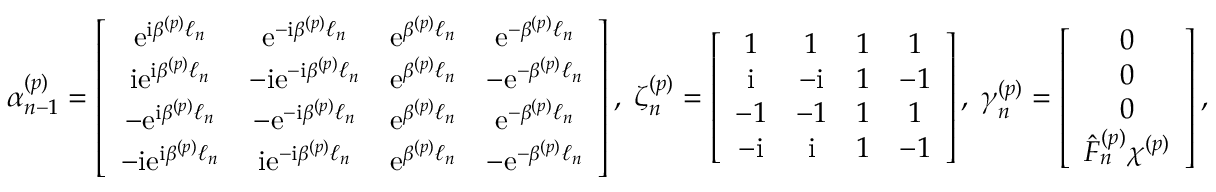
\boldsymbol \alpha _ { n - 1 } ^ { ( p ) } = \left[ \begin{array} { c c c c } { \mathrm { e } ^ { \mathrm { i } \beta ^ { ( p ) } \ell _ { n } } } & { \mathrm { e } ^ { - \mathrm { i } \beta ^ { ( p ) } \ell _ { n } } } & { \mathrm { e } ^ { \beta ^ { ( p ) } \ell _ { n } } } & { \mathrm { e } ^ { - \beta ^ { ( p ) } \ell _ { n } } } \\ { \mathrm { i } \mathrm { e } ^ { \mathrm { i } \beta ^ { ( p ) } \ell _ { n } } } & { - \mathrm { i } \mathrm { e } ^ { - \mathrm { i } \beta ^ { ( p ) } \ell _ { n } } } & { \mathrm { e } ^ { \beta ^ { ( p ) } \ell _ { n } } } & { - \mathrm { e } ^ { - \beta ^ { ( p ) } \ell _ { n } } } \\ { - \mathrm { e } ^ { \mathrm { i } \beta ^ { ( p ) } \ell _ { n } } } & { - \mathrm { e } ^ { - \mathrm { i } \beta ^ { ( p ) } \ell _ { n } } } & { \mathrm { e } ^ { \beta ^ { ( p ) } \ell _ { n } } } & { \mathrm { e } ^ { - \beta ^ { ( p ) } \ell _ { n } } } \\ { - \mathrm { i } \mathrm { e } ^ { \mathrm { i } \beta ^ { ( p ) } \ell _ { n } } } & { \mathrm { i } \mathrm { e } ^ { - \mathrm { i } \beta ^ { ( p ) } \ell _ { n } } } & { \mathrm { e } ^ { \beta ^ { ( p ) } \ell _ { n } } } & { - \mathrm { e } ^ { - \beta ^ { ( p ) } \ell _ { n } } } \end{array} \right] , \; \boldsymbol \zeta _ { n } ^ { ( p ) } = \left[ \begin{array} { c c c c } { 1 } & { 1 } & { 1 } & { 1 } \\ { \mathrm { i } } & { - \mathrm { i } } & { 1 } & { - 1 } \\ { - 1 } & { - 1 } & { 1 } & { 1 } \\ { - \mathrm { i } } & { \mathrm { i } } & { 1 } & { - 1 } \end{array} \right] , \; \boldsymbol \gamma _ { n } ^ { ( p ) } = \left[ \begin{array} { c } { 0 } \\ { 0 } \\ { 0 } \\ { \hat { F } _ { n } ^ { ( p ) } \chi ^ { ( p ) } } \end{array} \right] ,